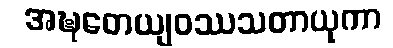
အဍ္ဎတေယျဝဿသတာယုကာ